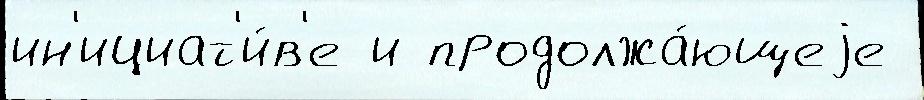
ин'ициат'и́в'е и продолжа́ющеjе